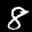
Label: 8